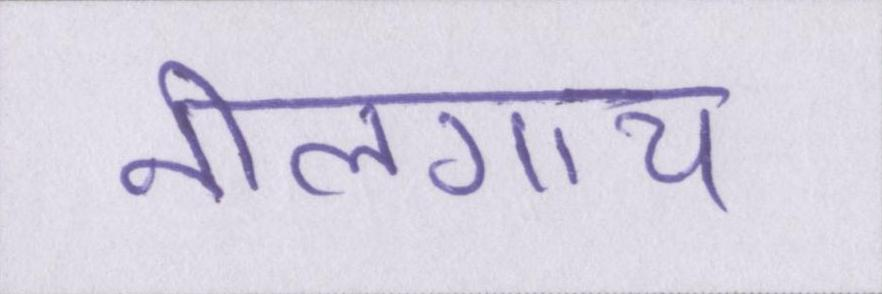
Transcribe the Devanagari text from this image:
नीलगाय